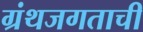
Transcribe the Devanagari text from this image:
ग्रंथजगताची